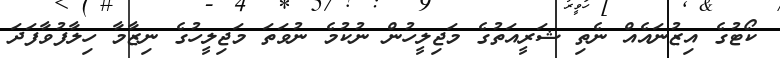
ކޯޓުގެ އިޒުނައެއް ނެތި ޝަރީއަތުގެ މަޖިލީހުން ނުކުމެ ނުވަތަ މަޖިލީހުގެ ނިޒާމާ ހިލާފުވާފަދަ